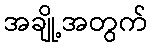
အချို့အတွက်